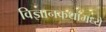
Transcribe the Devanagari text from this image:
विज्ञानकथांमध्ये